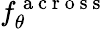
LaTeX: f_{\theta}^{\mathrm{~a~c~r~o~s~s~}}